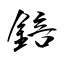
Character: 錇